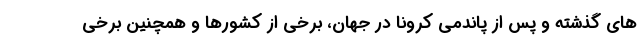
های گذشته و پس از پاندمی کرونا در جهان، برخی از کشورها و همچنین برخی